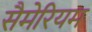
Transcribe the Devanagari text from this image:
सैमेरियम